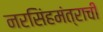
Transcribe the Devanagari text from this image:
नरसिंहमंत्राची